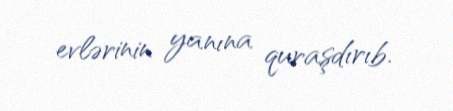
evlərinin yanına quraşdırıb.